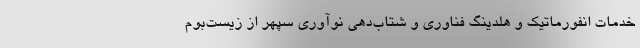
خدمات انفورماتیک و هلدینگ فناوری و شتاب‌دهی نوآوری سپهر از زیست‌بوم